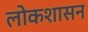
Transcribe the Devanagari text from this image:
लोकशासन